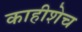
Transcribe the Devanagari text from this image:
काहीशेच